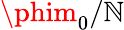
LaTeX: \phim_{0}/\mathbb{N}